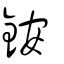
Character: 銨